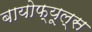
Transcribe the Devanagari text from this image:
बायोफ्यूल्स